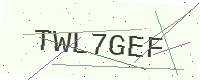
Text: TWL7GEF